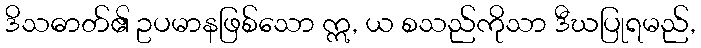
ဒိသဓာတ်၏ ဥပမာနဖြစ်သော ဣ, ယ စသည်ကိုသာ ဒီဃပြုရမည်,